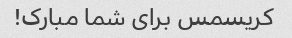
کریسمس برای شما مبارک!